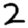
Digit: 2